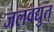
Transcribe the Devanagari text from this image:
जलवद्युत्‌